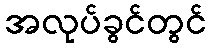
အလုပ်ခွင်တွင်